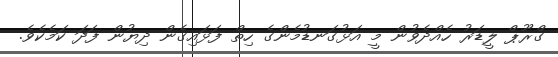
ގްރޫޕް ލީޑަރު ހެއްދެވުން މީ އަޅުގަނޑުމެންގެ ހިތް ފަޅައިގެން ދިޔުން ފަދަ ކަމެކެވެ.